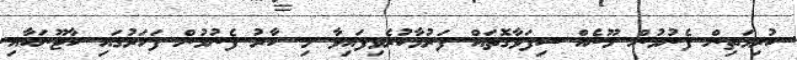
ކުރިމަތިން ފެނުމުން މޫނެއް ސިފަވާގޮތައް ފަރުމާކުރެވިފައިވާ މި ކާރު ފެނުމުން ފަހަރުގައި ކާޓޫނަކާއި